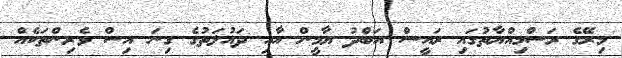
މިރޭގެ ރަސްމިއްޔާތުގައި ރައީސް އަބްދު ޔާމީން އާއި ދައުލަތުގެ ގިނަ އިސް ވެރިންތަކެއް